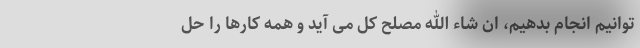
توانیم انجام بدهیم، ان شاء الله مصلح کلّ می آید و همه کارها را حل